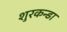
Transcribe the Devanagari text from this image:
शुरकन्डा